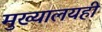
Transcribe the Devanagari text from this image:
मुख्यालयही